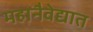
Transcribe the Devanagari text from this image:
महानैवेद्यात